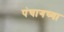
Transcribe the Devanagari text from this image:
पंचागच्या